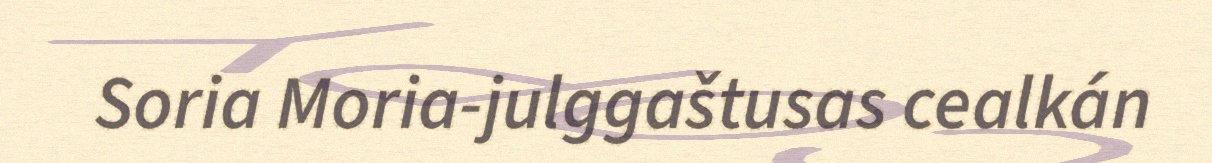
Soria Moria-julggaštusas cealkán